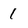
Character: 1